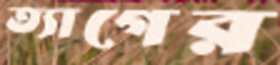
ত্যাগের